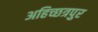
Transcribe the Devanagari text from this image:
अहिच्छत्रपुर